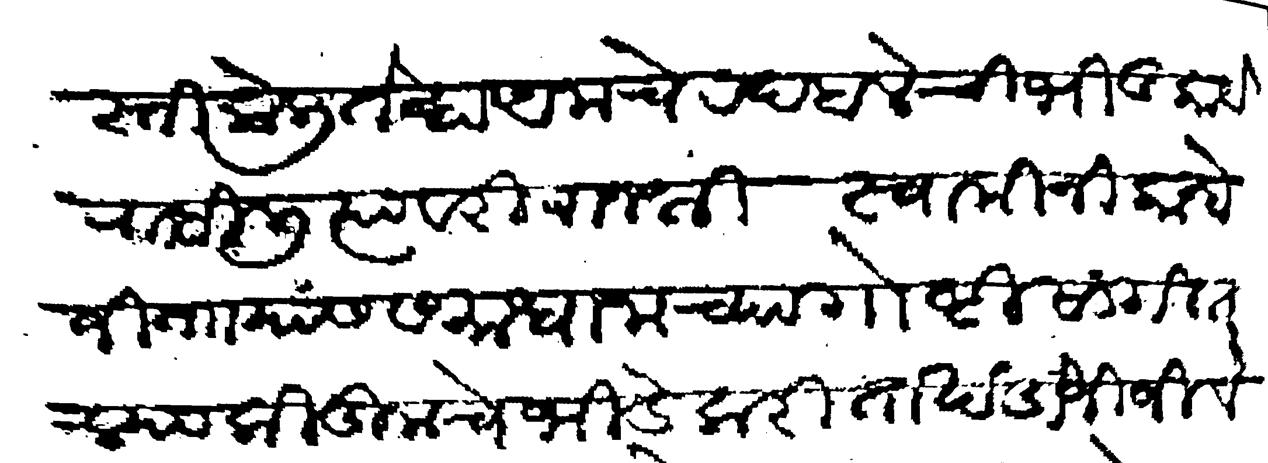
Transliteration (Devanagari): शास्ती केली तेव्हा आमचे रदबलेची भीड काये राहिली त्यावरी राजश्री स्वामीनी कान्होजी नाा यांस समाधानाच्या गोष्टी सांगितल्या की तुमचे भिडेकरिता खंडोजी जिवे